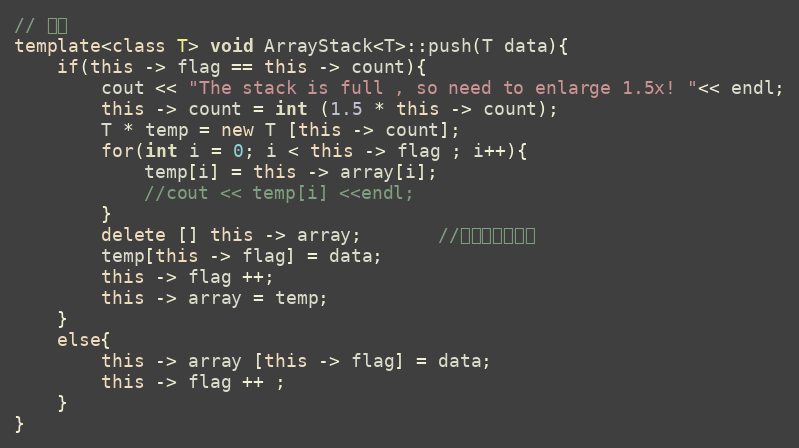
Language: C++
// 入栈
template<class T> void ArrayStack<T>::push(T data){
    if(this -> flag == this -> count){
        cout << "The stack is full , so need to enlarge 1.5x! "<< endl;
        this -> count = int (1.5 * this -> count);
        T * temp = new T [this -> count];
        for(int i = 0; i < this -> flag ; i++){
            temp[i] = this -> array[i];
            //cout << temp[i] <<endl;
        }
        delete [] this -> array;       //释放原来的空间
        temp[this -> flag] = data;
        this -> flag ++;
        this -> array = temp;
    }
    else{
        this -> array [this -> flag] = data;
        this -> flag ++ ;
    }
}